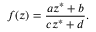
f ( z ) = { \frac { a z ^ { * } + b } { c z ^ { * } + d } } .